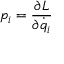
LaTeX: p _ { i } = { \frac { \partial L } { \partial { \dot { q } } _ { i } } }